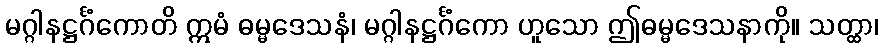
မဂ္ဂါနဋ္ဌင်္ဂံကောတိ ဣမံ ဓမ္မဒေသနံ၊ မဂ္ဂါနဋ္ဌင်္ဂံကော ဟူသော ဤဓမ္မဒေသနာကို။ သတ္ထာ၊